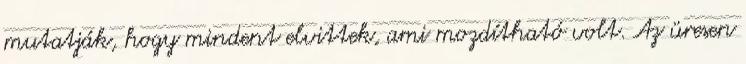
mutatják, hogy mindent elvittek, ami mozdítható volt. Az üresen